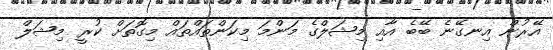
އޭރުން އިނގޭނެ ބޭބެ އާއި މިޝަލްގެ މަންމަ މިކަންތައްތައް މިގޮތަށް ކުރީ މިޝަލް